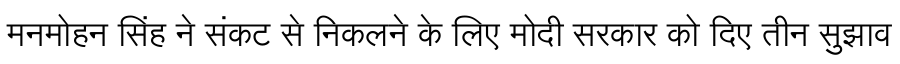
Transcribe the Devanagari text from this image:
मनमोहन सिंह ने संकट से निकलने के लिए मोदी सरकार को दिए तीन सुझाव